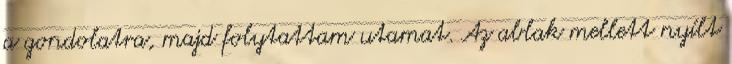
a gondolatra, majd folytattam utamat. Az ablak mellett nyílt